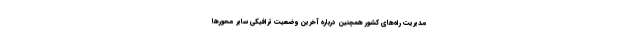
مدیریت راه‌های کشور همچنین درباره آخرین وضعیت ترافیکی سایر محور‌ها